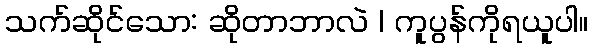
သက်ဆိုင်သော: ဆိုတာဘာလဲ | ကူပွန်ကိုရယူပါ။